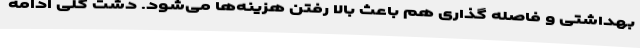
بهداشتی و فاصله گذاری هم باعث بالا رفتن هزینه‌ها می‌شود. دشت گلی ادامه